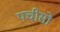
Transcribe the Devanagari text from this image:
पचीसो